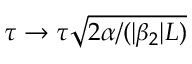
\tau \rightarrow \tau \sqrt { 2 \alpha / ( | \beta _ { 2 } | L ) }